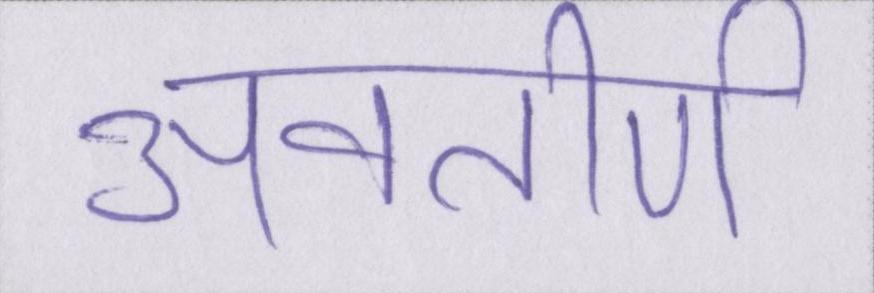
अवतीर्ण